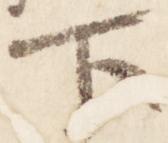
下